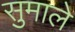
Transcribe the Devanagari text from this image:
सुमाले